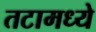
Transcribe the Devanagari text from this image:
तटामध्ये